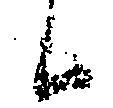
候